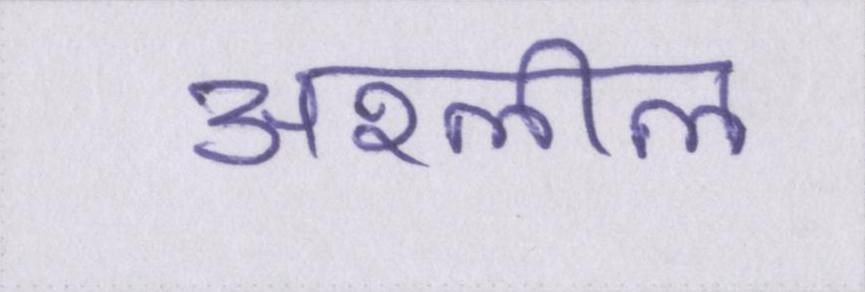
अश्लील